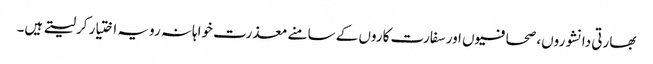
بھارتی دانشوروں، صحافیوں اور سفارت کاروں کے سامنے معذرت خواہانہ رویہ اختیار کرلیتے ہیں۔